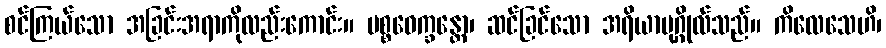
စင်ကြယ်သော အခြင်းအရာကိုလည်းကောင်း။ ပစ္စဝေက္ခန္တော၊ ဆင်ခြင်သော အရိယာပုဂ္ဂိုလ်သည်။ ကိလေသေဟိ၊